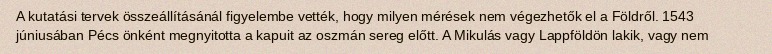
A kutatási tervek összeállításánál figyelembe vették, hogy milyen mérések nem végezhetők el a Földről. 1543 júniusában Pécs önként megnyitotta a kapuit az oszmán sereg előtt. A Mikulás vagy Lappföldön lakik, vagy nem